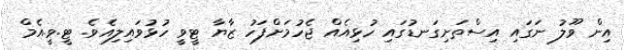
އިން ވޫލު ނަގައި އިސްތަށިގަނޑުގައި ހުޅިއެއް ޖެހުމަށްފަހު ޒާޔާ ޓީވީ ހުޅުވައިލިއެވެ. ޓީ.ވީ.އެމް